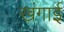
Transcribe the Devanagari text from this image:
खंगाई